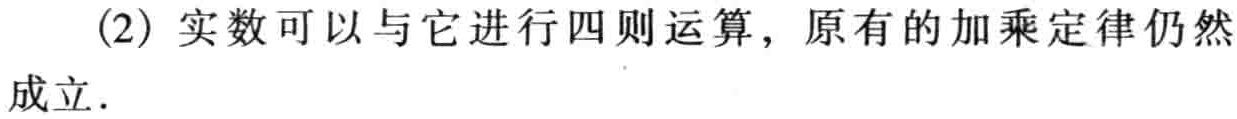
(2) 实数可以与它进行四则运算，原有的加乘定律仍然

成立.